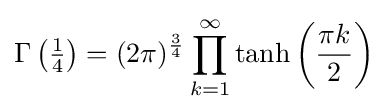
\Gamma \left({\tfrac {1}{4}}\right)=(2\pi )^{\frac {3}{4}}\prod _{k=1}^{\infty }\tanh \left({\frac {\pi k}{2}}\right)